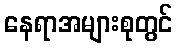
နေရာအများစုတွင်